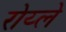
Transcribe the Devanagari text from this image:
रोय्ले